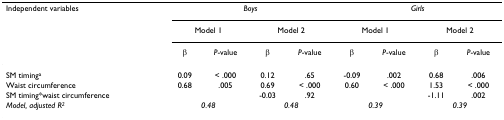
<table><thead><tr><td><b>Independent variables</b></td><td colspan="4"><b><i>Boys</i></b></td><td colspan="4"><b><i>Girls</i></b></td></tr><tr><td></td><td colspan="2"><b>Model 1</b></td><td colspan="2"><b>Model 2</b></td><td colspan="2"><b>Model 1</b></td><td colspan="2"><b>Model 2</b></td></tr><tr><td></td><td><b>β</b></td><td><b><i>P</i>-value</b></td><td><b>β</b></td><td><b><i>P</i>-value</b></td><td><b>β</b></td><td><b><i>P</i>-value</b></td><td><b>β</b></td><td><b><i>P</i>-value</b></td></tr></thead><tbody><tr><td>SM timing<sup>a</sup></td><td>0.09</td><td>&lt; .000</td><td>0.12</td><td>.65</td><td>-0.09</td><td>.002</td><td>0.68</td><td>.006</td></tr><tr><td>Waist circumference</td><td>0.68</td><td>.005</td><td>0.69</td><td>&lt; .000</td><td>0.60</td><td>&lt; .000</td><td>1.53</td><td>&lt; .000</td></tr><tr><td>SM timing*waist circumference</td><td></td><td></td><td>-0.03</td><td>.92</td><td></td><td></td><td>-1.11</td><td>.002</td></tr><tr><td><i>Model, adjusted R<sup>2</sup></i></td><td colspan="2"><i>0.48</i></td><td colspan="2"><i>0.48</i></td><td colspan="2"><i>0.39</i></td><td colspan="2"><i>0.39</i></td></tr></tbody></table>